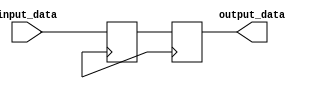
module io_buffer (
    input wire [7:0] input_data,
    output reg [7:0] output_data
);

reg [7:0] buffer_data;

// Data buffering and processing logic
always @(posedge clk)
begin
    buffer_data <= input_data;
    
    // Additional processing logic here
    
    output_data <= buffer_data;
end

endmodule